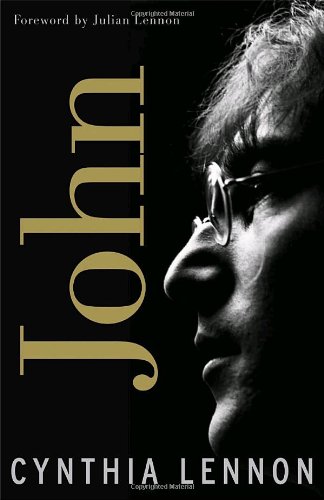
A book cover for John; Cynthia Lennon; Humor & Entertainment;